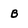
Character: B